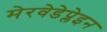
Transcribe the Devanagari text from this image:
मेरवेडेप्लेइन